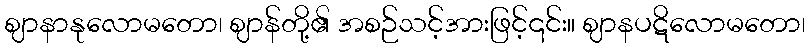
ဈာနာနုလောမတော၊ ဈာန်တို့၏ အစဉ်သင့်အားဖြင့်၎င်း။ ဈာနပဋိလောမတော၊